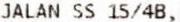
JALAN SS 15/4B,